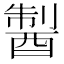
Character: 𨡐